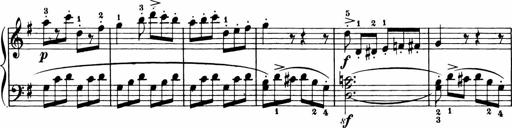
Title: 11 Sonatinas for Piano Solo
Composer: Anton Diabelli